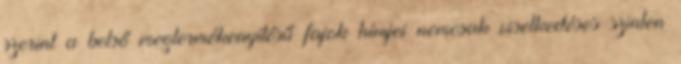
szerint a belső megtermékenyítésű fajok hímjei nemcsak viselkedéses szinten